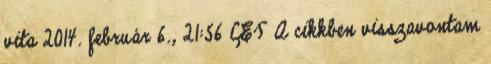
vita 2014. február 6., 21:56 CET A cikkben visszavontam